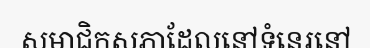
សមាជិកសភាដែលនៅទំនេរនៅ